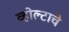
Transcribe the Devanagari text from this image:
व्होल्टाचे